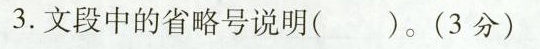
3.文段中的省略号说明（）。(3分)